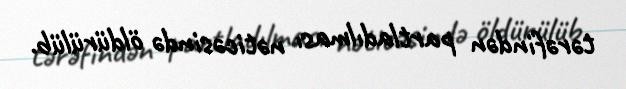
tərəfindən partladılması nəticəsində öldürülüb.